Report on the working of the mental hospitals for Indians in Bihar and Orissa - 1925-1929
Year: 1925
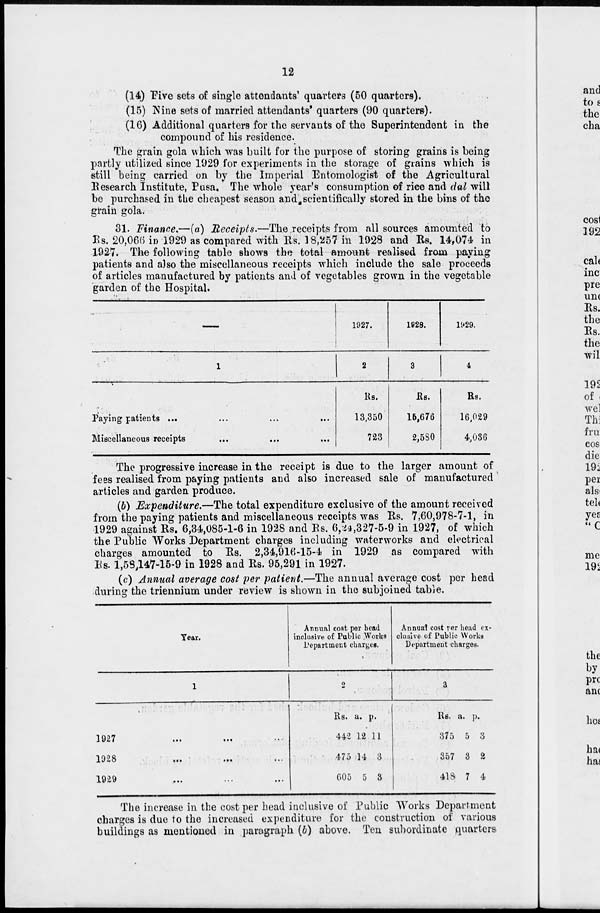
12
(14) Five sets of single attendants' quarters (50 quarters).
(15) Nine sets of married attendants' quarters (90 quarters).
(16) Additional quarters for the servants of the Superintendent in the
compound of his residence.
The grain gola which was built for the purpose of storing grains is being
partly utilized since 1929 for experiments in the storage of grains which is
still being carried on by the Imperial Entomologist of the Agricultural
Research Institute, Pusa. The whole year's consumption of rice and dal will
be purchased in the cheapest season and scientifically stored in the bins of the
grain gola.
31. Finance.—(a) Receipts.—The receipts from all sources amounted to
Rs. 20,066 in 1929 as compared with Rs. 18,257 in 1928 and Rs. 14,074 in
1927. The following table shows the total amount realised from paying
patients and also the miscellaneous receipts which include the sale proceeds
of articles manufactured by patients and of vegetables grown in the vegetable
garden of the Hospital,
—
1
Paying patients ...
...
...
...
Miscellaneous receipts ... ... ...
1927.
2
Rs.
13,350
723
1928.
3
Rs.
15,676
2,580
1929.
4
Rs.
16,029
4,036
The progressive increase in the receipt is due to the larger amount of
fees realised from paying patients and also increased sale of manufactured
articles and garden produce.
(b) Expenditure.—The total expenditure exclusive of the amount received
from the paying patients and miscellaneous receipts was Rs. 7,60,978-7-1, in
1929 against Rs. 6,34,085-1-6 in 1928 and Rs. 6,24,327-5-9 in 1927, of which
the Public Works Department charges including waterworks and electrical
charges amounted to Rs. 2,34,916-15-4 in 1929 as compared with
Rs. 1,58,147-15-9 in 1928 and Rs. 95,291 in 1927.
(c) Annual average cost per patient.—The annual average cost per head
during the triennium under review is shown in the subjoined table.
Year.
1
1927
...
...
...
1928 ... ... ...
1929 ... ... ...
Annual cost per head
inclusive of Public Works
Department charges.
2
Rs.
442
475
605
a.
12
14
5
p.
11
3
3
Annual cost per head ex-
clusive of Public Works
Department charges.
3
Rs.
375
357
418
a.
5
3
7
p.
3
2
4
The increase in the cost per head inclusive of Public Works Department
charges is due to the increased expenditure for the construction of various
buildings as mentioned in paragraph (b) above. Ten subordinate quarters